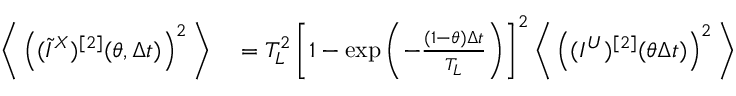
\begin{array} { r l } { \bigg \langle \left( ( \widetilde { I } ^ { X } ) ^ { [ 2 ] } ( \theta , \Delta t ) \right) ^ { 2 } \bigg \rangle } & { { } = T _ { L } ^ { 2 } \left[ 1 - \exp \left( - \frac { ( 1 - \theta ) \Delta t } { T _ { L } } \right) \right] ^ { 2 } \bigg \langle \left( ( I ^ { U } ) ^ { [ 2 ] } ( \theta \Delta t ) \right) ^ { 2 } \bigg \rangle } \end{array}